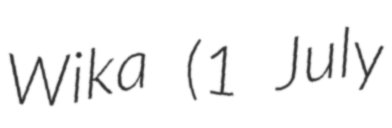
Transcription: Wika (1 July